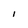
Character: I